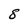
Character: 8